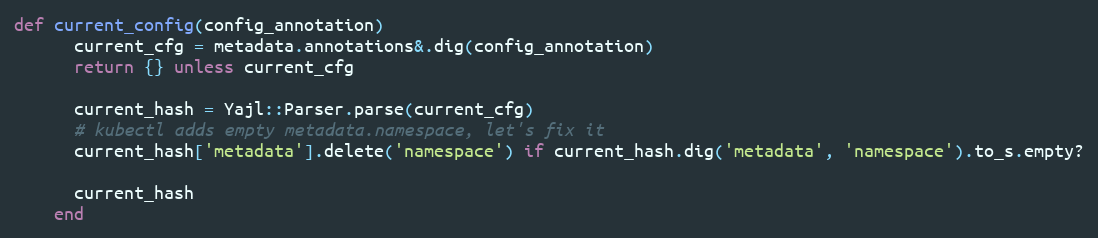
Language: Ruby
def current_config(config_annotation)
      current_cfg = metadata.annotations&.dig(config_annotation)
      return {} unless current_cfg

      current_hash = Yajl::Parser.parse(current_cfg)
      # kubectl adds empty metadata.namespace, let's fix it
      current_hash['metadata'].delete('namespace') if current_hash.dig('metadata', 'namespace').to_s.empty?

      current_hash
    end